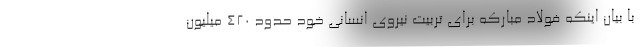
با بیان اینکه فولاد مبارکه برای تربیت نیروی انسانی خود حدود ۴۲۰ میلیون